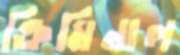
ক্রিমিনাল